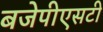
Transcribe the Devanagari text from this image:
बजेपीएसटी